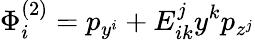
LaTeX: \Phi_{i}^{\left(2\right)}=p_{y^{i}}+E_{ik}^{j}y^{k}p_{z^{j}}